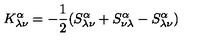
K _ { \lambda \nu } ^ { \alpha } = - \frac { 1 } { 2 } ( S _ { \lambda \nu } ^ { \alpha } + S _ { \nu \lambda } ^ { \alpha } - S _ { \lambda \nu } ^ { \alpha } )